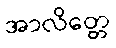
အာလိတ္တေ